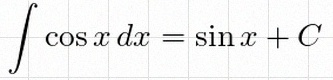
\int \cos x\,dx=\sin x+C